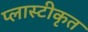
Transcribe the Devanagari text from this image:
प्लास्टीकृत